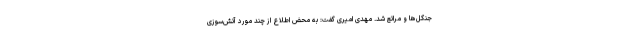
جنگل‌ها و مراتع شد. مهدی امیری گفت: به محض اطلاع از چند مورد آتش‌سوزی